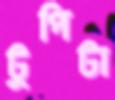
টুপিটা